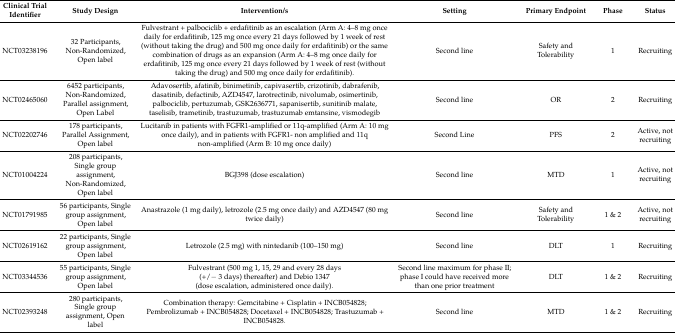
| Clinical Trial Identifier | Study Design | Intervention/s | Setting | Primary Endpoint | Phase | Status |
 | --- | --- | --- | --- | --- | --- | --- |
 | NCT03238196 | 32 Participants,Non-Randomized,Open label | Fulvestrant + palbociclib + erdafitinib as an escalation (Arm A: 4–8 mg once daily for erdafitinib, 125 mg once every 21 days followed by 1 week of rest (without taking the drug) and 500 mg once daily for erdafitinib) or the same combination of drugs as an expansion (Arm A: 4–8 mg once daily for erdafitinib, 125 mg once every 21 days followed by 1 week of rest (without taking the drug) and 500 mg once daily for erdafitinib). | Second line | Safety and Tolerability | 1 | Recruiting |
 | NCT02465060 | 6452 participants,Non-Randomized,Parallel assignment,Open Label | Adavosertib, afatinib, binimetinib, capivasertib, crizotinib, dabrafenib, dasatinib, defactinib, AZD4547, larotrectinib, nivolumab, osimertinib, palbociclib, pertuzumab, GSK2636771, sapanisertib, sunitinib malate, taselisib, trametinib, trastuzumab, trastuzumab emtansine, vismodegib | Second line | OR | 2 | Recruiting |
 | NCT02202746 | 178 participants, Parallel Assignment, Open label | Lucitanib in patients with FGFR1-amplified or 11q-amplified (Arm A: 10 mg once daily), and in patients with FGFR1- non amplified and 11q non-amplified (Arm B: 10 mg once daily) | Second Line | PFS | 2 | Active, not recruiting |
 | NCT01004224 | 208 participants,Single group assignment, Non-Randomized,Open label | BGJ398 (dose escalation) | Second line | MTD | 1 | Active, not recruiting |
 | NCT01791985 | 56 participants, Single group assignment, Open label | Anastrazole (1 mg daily), letrozole (2.5 mg once daily) and AZD4547 (80 mg twice daily) | Second line | Safety and Tolerability | 1 & 2 | Active, not recruiting |
 | NCT02619162 | 22 participants, Single group assignment, Open label | Letrozole (2.5 mg) with nintedanib (100–150 mg) | Second line | DLT | 1 | Recruiting |
 | NCT03344536 | 55 participants, Single group assignment, Open label | Fulvestrant (500 mg 1, 15, 29 and every 28 days(+/− 3 days) thereafter) and Debio 1347(dose escalation, administered once daily). | Second line maximum for phase II; phase I could have received more than one prior treatment | DLT | 1 & 2 | Recruiting |
 | NCT02393248 | 280 participants,Single group assignment, Open label | Combination therapy: Gemcitabine + Cisplatin + INCB054828; Pembrolizumab + INCB054828; Docetaxel + INCB054828; Trastuzumab + INCB054828. | Second line | MTD | 1 & 2 | Recruiting |